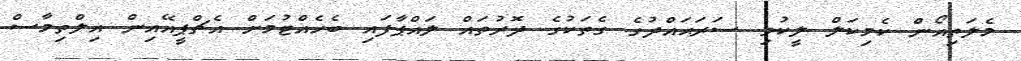
މެލަތިއޯން ކެމިކަލް ލީކުވި ސަރަޙައްދުގެ ގެތަކުގެ ދޮރުތައް ލައްޕާފައި ބެހެއްޓުމަށް އެޗްޕީއޭއިން އިލްތިމާސް